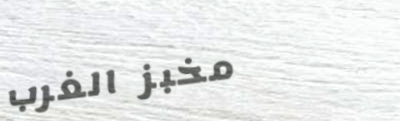
مخبز الغرب